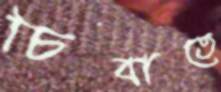
চিবাতে